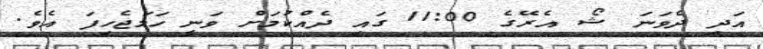
އަދި ދެވަނަ ޝޯ އެެރޭގެ 11:00 ގައި ދެއްކުމަށް ވަނީ ހަމަޖެހިފަ އެވެ.